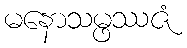
မနောသမ္ဖဿဇံ